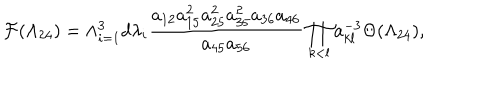
LaTeX: { \cal F } ( \Lambda _ { 2 4 } ) = \wedge _ { i = 1 } ^ { 3 } d \lambda _ { i } \frac { a _ { 1 2 } a _ { 1 5 } ^ { 2 } a _ { 2 5 } ^ { 2 } a _ { 3 5 } ^ { 2 } a _ { 3 6 } a _ { 4 6 } } { a _ { 4 5 } a _ { 5 6 } } \prod _ { k < l } a _ { k l } ^ { - 3 } \Theta ( \Lambda _ { 2 4 } ) ,